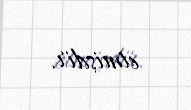
etmişdir.